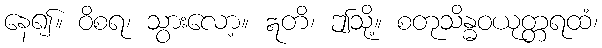
နေ၍။ ဝိစရ၊ သွားလော့။ ဣတိ၊ ဤသို့။ စတုသိန္ဓဝယုတ္တရထံ၊